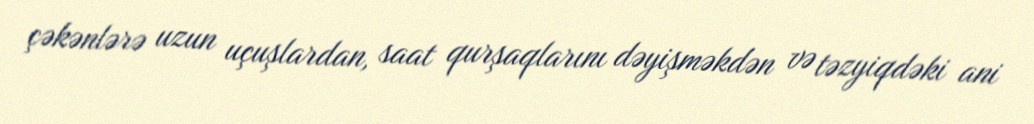
çəkənlərə uzun uçuşlardan, saat qurşaqlarını dəyişməkdən və təzyiqdəki ani